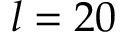
l = 2 0